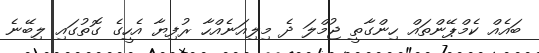
ބައެއް ކެމްޕޭންތައް ހިންގާތީ ޖުމްލަ ދެ މިލިއަނެއްހާ ރުފިޔާ އެހީގެ ގޮތުގައި ލިބޭނެ